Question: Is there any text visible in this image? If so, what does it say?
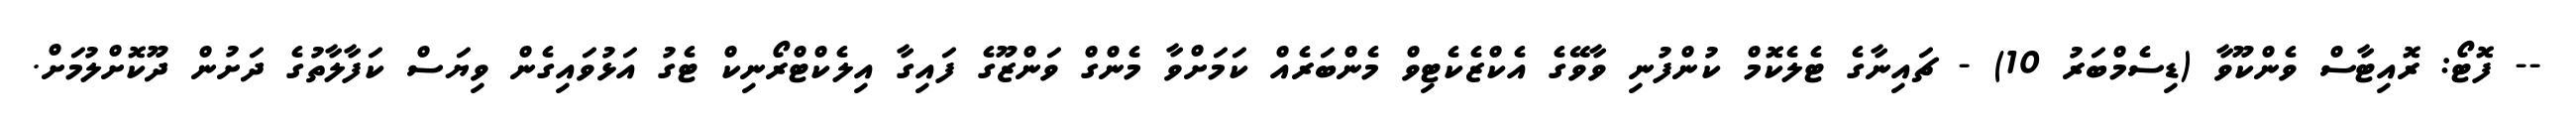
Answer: -- ފޮޓޯ: ރޮއިޓާސް ވެންކޫވާ (ޑިސެމްބަރު 10) - ޗައިނާގެ ޓެލެކޮމް ކުންފުނި ވާވޭގެ އެކްޒެކެޓިވް މެންބަރެއް ކަމަށްވާ މެންގް ވަންޒޫގެ ފައިގާ އިލެކްޓްރޯނިކް ޓެގު އަޅުވައިގެން ވިޔަސް ކަފާލާތުގެ ދަށުން ދޫކޮށްލުމަށް.